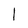
Character: 1